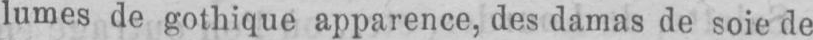
lumes de gothique apparence, des damas de soie de